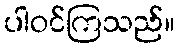
ပါဝင်ကြသည်။